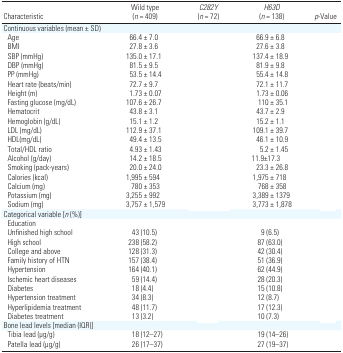
<table><thead><tr><td><b>Characteristic</b></td><td><b>Wild type (<i>n</i> = 409)</b></td><td><b><i>C282Y</i> (<i>n</i> = 72)</b></td><td><b><i>H63D</i> (<i>n</i> = 138)</b></td><td><b><i>p</i>-Value</b></td></tr></thead><tbody><tr><td colspan="5">Continuous variables (mean ± SD)</td></tr><tr><td> Age</td><td>66.4 ± 7.0</td><td>[EMPTY_CELL]</td><td>66.9 ± 6.8</td><td>[EMPTY_CELL]</td></tr><tr><td> BMI</td><td>27.8 ± 3.6</td><td>[EMPTY_CELL]</td><td>27.6 ± 3.8</td><td>[EMPTY_CELL]</td></tr><tr><td> SBP (mmHg)</td><td>135.0 ± 17.1</td><td>[EMPTY_CELL]</td><td>137.4 ± 18.9</td><td>[EMPTY_CELL]</td></tr><tr><td> DBP (mmHg)</td><td>81.5 ± 9.5</td><td>[EMPTY_CELL]</td><td>81.9 ± 9.8</td><td>[EMPTY_CELL]</td></tr><tr><td> PP (mmHg)</td><td>53.5 ± 14.4</td><td>[EMPTY_CELL]</td><td>55.4 ± 14.8</td><td>[EMPTY_CELL]</td></tr><tr><td> Heart rate (beats/min)</td><td>72.7 ± 9.7</td><td>[EMPTY_CELL]</td><td>72.1 ± 11.7</td><td>[EMPTY_CELL]</td></tr><tr><td> Height (m)</td><td>1.73 ± 0.07</td><td>[EMPTY_CELL]</td><td>1.73 ± 0.06</td><td>[EMPTY_CELL]</td></tr><tr><td> Fasting glucose (mg/dL)</td><td>107.6 ± 26.7</td><td>[EMPTY_CELL]</td><td>110 ± 35.1</td><td>[EMPTY_CELL]</td></tr><tr><td> Hematocrit</td><td>43.8 ± 3.1</td><td>[EMPTY_CELL]</td><td>43.7 ± 2.9</td><td>[EMPTY_CELL]</td></tr><tr><td> Hemoglobin (g/dL)</td><td>15.1 ± 1.2</td><td>[EMPTY_CELL]</td><td>15.2 ± 1.1</td><td>[EMPTY_CELL]</td></tr><tr><td> LDL (mg/dL)</td><td>112.9 ± 37.1</td><td>[EMPTY_CELL]</td><td>109.1 ± 39.7</td><td>[EMPTY_CELL]</td></tr><tr><td> HDL(mg/dL)</td><td>49.4 ± 13.5</td><td>[EMPTY_CELL]</td><td>46.1 ± 10.9</td><td>[EMPTY_CELL]</td></tr><tr><td> Total/HDL ratio</td><td>4.93 ± 1.43</td><td>[EMPTY_CELL]</td><td>5.2 ± 1.45</td><td>[EMPTY_CELL]</td></tr><tr><td> Alcohol (g/day)</td><td>14.2 ± 18.5</td><td>[EMPTY_CELL]</td><td>11.9±17.3</td><td>[EMPTY_CELL]</td></tr><tr><td> Smoking (pack-years)</td><td>20.0 ± 24.0</td><td>[EMPTY_CELL]</td><td>23.3 ± 26.8</td><td>[EMPTY_CELL]</td></tr><tr><td> Calories (kcal)</td><td>1,995 ± 594</td><td>[EMPTY_CELL]</td><td>1,975 ± 718</td><td>[EMPTY_CELL]</td></tr><tr><td> Calcium (mg)</td><td>780 ± 353</td><td>[EMPTY_CELL]</td><td>768 ± 358</td><td>[EMPTY_CELL]</td></tr><tr><td> Potassium (mg)</td><td>3,255 ± 992</td><td>[EMPTY_CELL]</td><td>3,389 ± 1379</td><td>[EMPTY_CELL]</td></tr><tr><td> Sodium (mg)</td><td>3,757 ± 1,579</td><td>[EMPTY_CELL]</td><td>3,773 ± 1,878</td><td>[EMPTY_CELL]</td></tr><tr><td colspan="5">Categorical variable [<i>n</i> (%)]</td></tr><tr><td> Education</td><td>[EMPTY_CELL]</td><td>[EMPTY_CELL]</td><td>[EMPTY_CELL]</td><td>[EMPTY_CELL]</td></tr><tr><td> Unfinished high school</td><td>43 (10.5)</td><td>[EMPTY_CELL]</td><td>9 (6.5)</td><td>[EMPTY_CELL]</td></tr><tr><td> High school</td><td>238 (58.2)</td><td>[EMPTY_CELL]</td><td>87 (63.0)</td><td>[EMPTY_CELL]</td></tr><tr><td> College and above</td><td>128 (31.3)</td><td>[EMPTY_CELL]</td><td>42 (30.4)</td><td>[EMPTY_CELL]</td></tr><tr><td> Family history of HTN</td><td>157 (38.4)</td><td>[EMPTY_CELL]</td><td>51 (36.9)</td><td>[EMPTY_CELL]</td></tr><tr><td> Hypertension</td><td>164 (40.1)</td><td>[EMPTY_CELL]</td><td>62 (44.9)</td><td>[EMPTY_CELL]</td></tr><tr><td> Ischemic heart diseases</td><td>59 (14.4)</td><td>[EMPTY_CELL]</td><td>28 (20.3)</td><td>[EMPTY_CELL]</td></tr><tr><td> Diabetes</td><td>18 (4.4)</td><td>[EMPTY_CELL]</td><td>15 (10.8)</td><td>[EMPTY_CELL]</td></tr><tr><td> Hypertension treatment</td><td>34 (8.3)</td><td>[EMPTY_CELL]</td><td>12 (8.7)</td><td>[EMPTY_CELL]</td></tr><tr><td> Hyperlipidemia treatment</td><td>48 (11.7)</td><td>[EMPTY_CELL]</td><td>17 (12.3)</td><td>[EMPTY_CELL]</td></tr><tr><td> Diabetes treatment</td><td>13 (3.2)</td><td>[EMPTY_CELL]</td><td>10 (7.3)</td><td>[EMPTY_CELL]</td></tr><tr><td colspan="5">Bone lead levels [median (IQR)]</td></tr><tr><td> Tibia lead (μg/g)</td><td>18 (12–27)</td><td>[EMPTY_CELL]</td><td>19 (14–26)</td><td>[EMPTY_CELL]</td></tr><tr><td> Patella lead (μg/g)</td><td>26 (17–37)</td><td>[EMPTY_CELL]</td><td>27 (19–37)</td><td>[EMPTY_CELL]</td></tr></tbody></table>